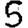
Digit: 5